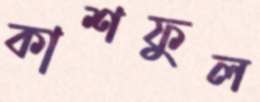
কাশফুল